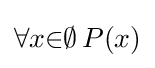
\forall {x}{\in }\emptyset \,P(x)